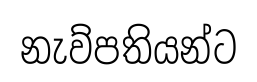
නැව්පතියන්ට